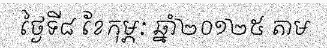
ថ្ងៃទី៨ ខែកុម្ភៈ ឆ្នាំ២០១២៥ តាម